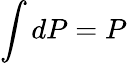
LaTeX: \int dP=P